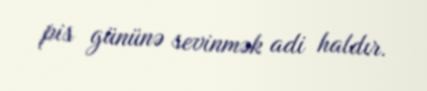
pis gününə sevinmək adi haldır.